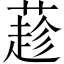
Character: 𦼛